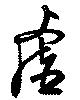
虚